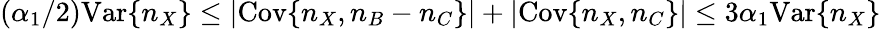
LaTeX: (\alpha_{1}/2)\mathrm{Var}\{ n_{X}\} \leq|\mathrm{Cov}\{ n_{X},n_{B}-n_{C}\} |+|\mathrm{Cov}\{ n_{X},n_{C}\} |\leq 3\alpha_{1}\mathrm{Var}\{ n_{X}\}